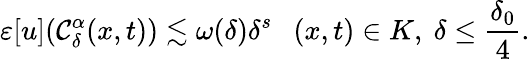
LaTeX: \varepsilon[u](\mathcal{C}_{\delta}^{\alpha}(x,t))\lesssim\omega(\delta)\delta^{s}\ \ \ (x,t)\in K,\ \delta\leq\frac{\delta_{0}}{4}.